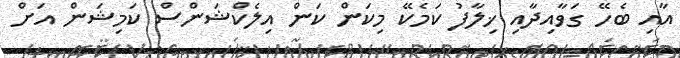
އާއި ބެހޭ ގަވާއިދާއި ޚިލާފު ކަމެކޭ މިކަން ކަން އިލެކްޝަންސް ކަމިޝަން އަށް